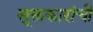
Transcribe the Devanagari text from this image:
सूक्तकारांची